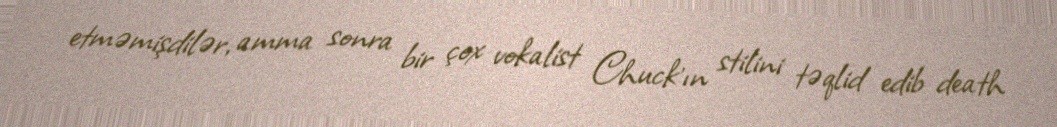
etməmişdilər, amma sonra bir çox vokalist Chuck'ın stilini təqlid edib death